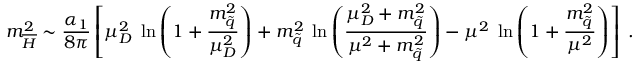
m _ { \overline { { { H } } } } ^ { 2 } \sim \frac { \alpha _ { 1 } } { 8 \pi } \left[ \mu _ { D } ^ { 2 } \; \ln \left( 1 + \frac { m _ { \tilde { q } } ^ { 2 } } { \mu _ { D } ^ { 2 } } \right) + m _ { \tilde { q } } ^ { 2 } \; \ln \left( \frac { \mu _ { D } ^ { 2 } + m _ { \tilde { q } } ^ { 2 } } { \mu ^ { 2 } + m _ { \tilde { q } } ^ { 2 } } \right) - \mu ^ { 2 } \; \ln \left( 1 + \frac { m _ { \tilde { q } } ^ { 2 } } { \mu ^ { 2 } } \right) \right] \; .